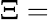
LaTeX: \Xi=